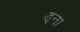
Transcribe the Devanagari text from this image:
ड्रेना